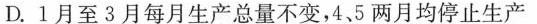
D.1月至3月每月生产总量不变，4、5两月均停止生产